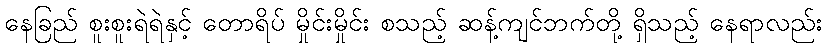
နေခြည် စူးစူးရဲရဲနှင့် တောရိပ် မှိုင်းမှိုင်း စသည့် ဆန့်ကျင်ဘက်တို့ ရှိသည့် နေရာလည်း